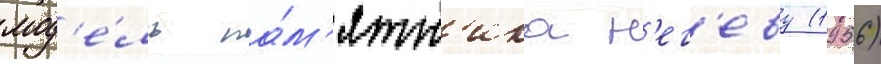
мод'е́ль па́м'ятн'ика н'ег'еву (1956)